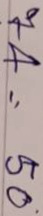
74 = 50